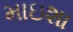
માઇશા